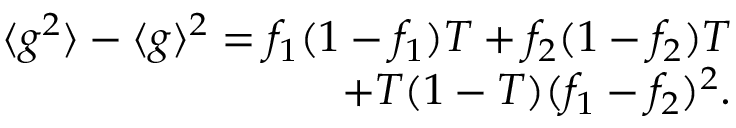
\begin{array} { r } { { \langle g ^ { 2 } \rangle - \langle g \rangle ^ { 2 } = f _ { 1 } ( 1 - f _ { 1 } ) T + f _ { 2 } ( 1 - f _ { 2 } ) T } } \\ { { + T ( 1 - T ) ( f _ { 1 } - f _ { 2 } ) ^ { 2 } } . } \end{array}